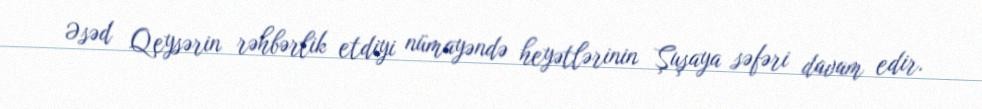
Əsəd Qeysərin rəhbərlik etdiyi nümayəndə heyətlərinin Şuşaya səfəri davam edir.